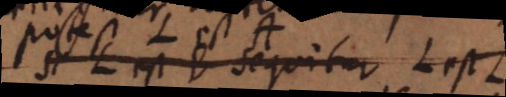
sequitur L est